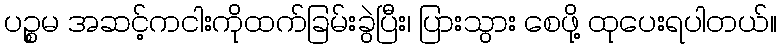
ပဉ္စမ အဆင့်ကငါးကိုထက်ခြမ်းခွဲပြီး၊ ပြားသွား စေဖို့ ထုပေးရပါတယ်။